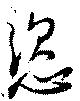
恣